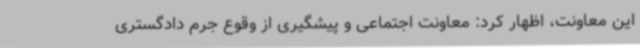
این معاونت، اظهار کرد: معاونت اجتماعی و پیشگیری از وقوع جرم دادگستری